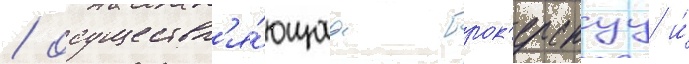
/ осуществл'я́ющаа брок'ерскуу и́